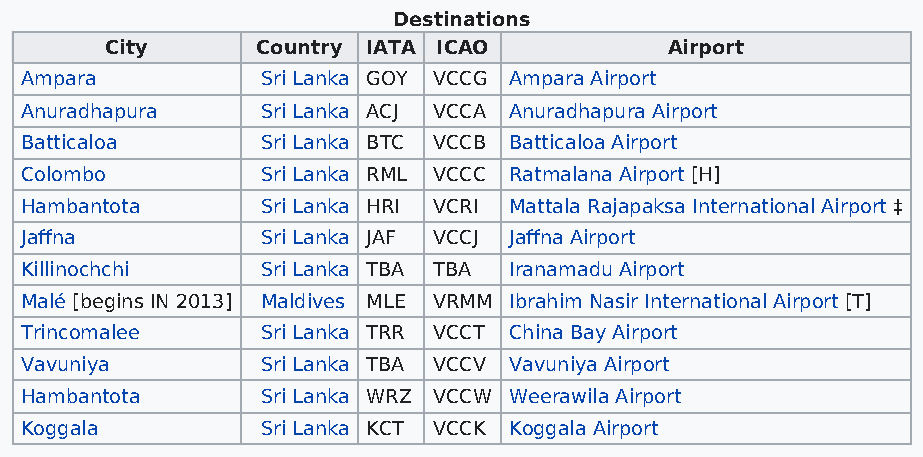
Destinations
 City      Country IATA ICAO          Airport
 Ampara          Sri Lanka GOY VCCG Ampara Airport
 Anuradhapura    Sri Lanka ACJ VCCA Anuradhapura Airport
 Batticaloa      Sri Lanka BTC VCCB Batticaloa Airport
 Colombo         Sri Lanka RML VCCC Ratmalana Airport [H]
 Hambantota      Sri Lanka HRI VCRI Mattala Rajapaksa International Airport ‡
 Jaffna          Sri Lanka JAF VCCJ Jaffna Airport
 Killinochchi    Sri Lanka TBA TBA Iranamadu Airport
 Malé [begins IN 2013] Maldives MLE VRMM Ibrahim Nasir International Airport [T]
 Trincomalee     Sri Lanka TRR VCCT China Bay Airport
 Vavuniya        Sri Lanka TBA VCCV Vavuniya Airport
 Hambantota      Sri Lanka WRZ VCCW Weerawila Airport
 Koggala         Sri Lanka KCT VCCK Koggala Airport